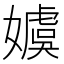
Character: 𡢢